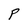
Character: P